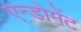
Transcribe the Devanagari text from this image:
एन्डोमेंट